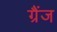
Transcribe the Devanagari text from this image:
ग्रैंज